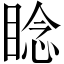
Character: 𬑛